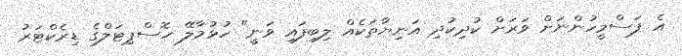
އެ ފަސްމީހުންނަށް ވަރަށް ކުދިކުދި އަނިޔާތަކެއް ލިބިފައި ވަނީ" ހުޅުމާލޭ ހޮސްޕިޓަލްގެ ޑިރެކްޓަރު